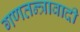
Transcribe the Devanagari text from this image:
गणतन्त्रावादी